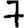
Digit: 7